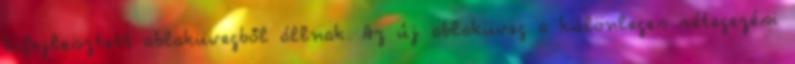
kifejlesztett ablaküvegből állnak. Az új ablaküveg a különleges rétegezési